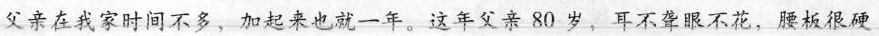
父亲在我家时间不多，加起来也就一年，这年父亲80岁，耳不聋眼不花，腰板很硬